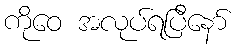
ကိုဝေ အလုပ်ရပြီနော်